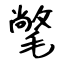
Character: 氅